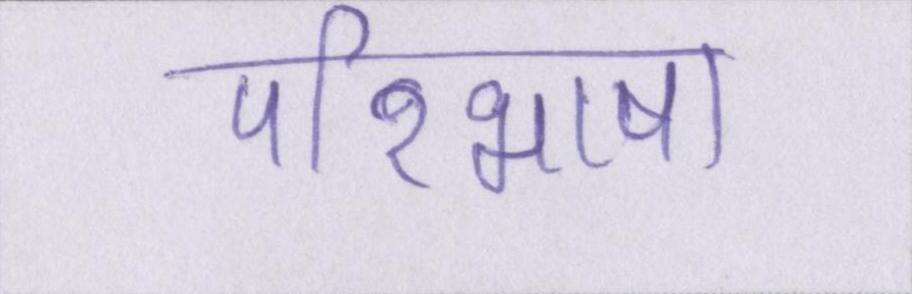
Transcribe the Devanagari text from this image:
परिभाषा